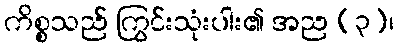
ကိစ္စသည် ကြွင်းသုံးပါး၏ အည (၃)၊